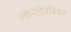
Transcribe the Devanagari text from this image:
स्केनेडिनेवियन